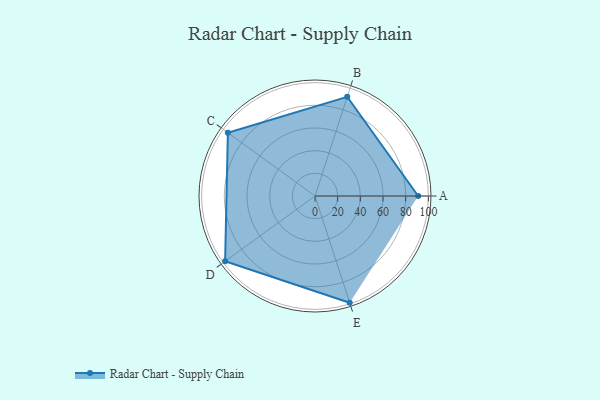
{"axis": {"x": "Skill", "y": "Score"}, "legend": ["Profile"], "data": [{"x": "A", "y": 91.0, "type": "Profile"}, {"x": "B", "y": 92.0, "type": "Profile"}, {"x": "C", "y": 95.0, "type": "Profile"}, {"x": "D", "y": 98.0, "type": "Profile"}, {"x": "E", "y": 99, "type": "Profile"}]}